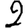
Digit: 2